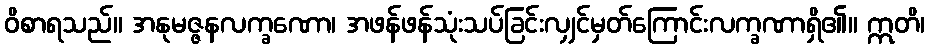
ဝိစာရသည်။ အနုမဇ္ဇနလက္ခဏော၊ အဖန်ဖန်သုံးသပ်ခြင်းလျှင်မှတ်ကြောင်းလက္ခဏာရှိ၏။ ဣတိ၊